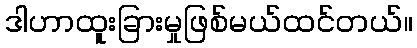
ဒါဟာထူးခြားမှုဖြစ်မယ်ထင်တယ်။